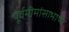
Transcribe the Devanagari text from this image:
पूर्वमीमांसाभाष्य